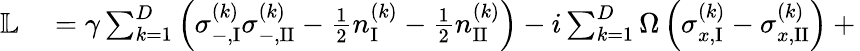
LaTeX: \begin{array}{rl}{\mathbb{L}}&{{}=\gamma\sum_{k=1}^{D}\left(\sigma_{-,\mathrm{I}}^{(k)}\sigma_{-,\mathrm{II}}^{(k)}-\frac{1}{2}{n}_{\mathrm{I}}^{(k)}-\frac{1}{2}{n}_{\mathrm{II}}^{(k)}\right)-i\sum_{k=1}^{D}\Omega\left(\sigma_{x,\mathrm{I}}^{(k)}-\sigma_{x,\mathrm{II}}^{(k)}\right)+\, }\end{array}